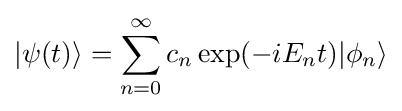
|\psi (t)\rangle =\sum _{n=0}^{\infty }c_{n}\exp(-iE_{n}t)|\phi _{n}\rangle